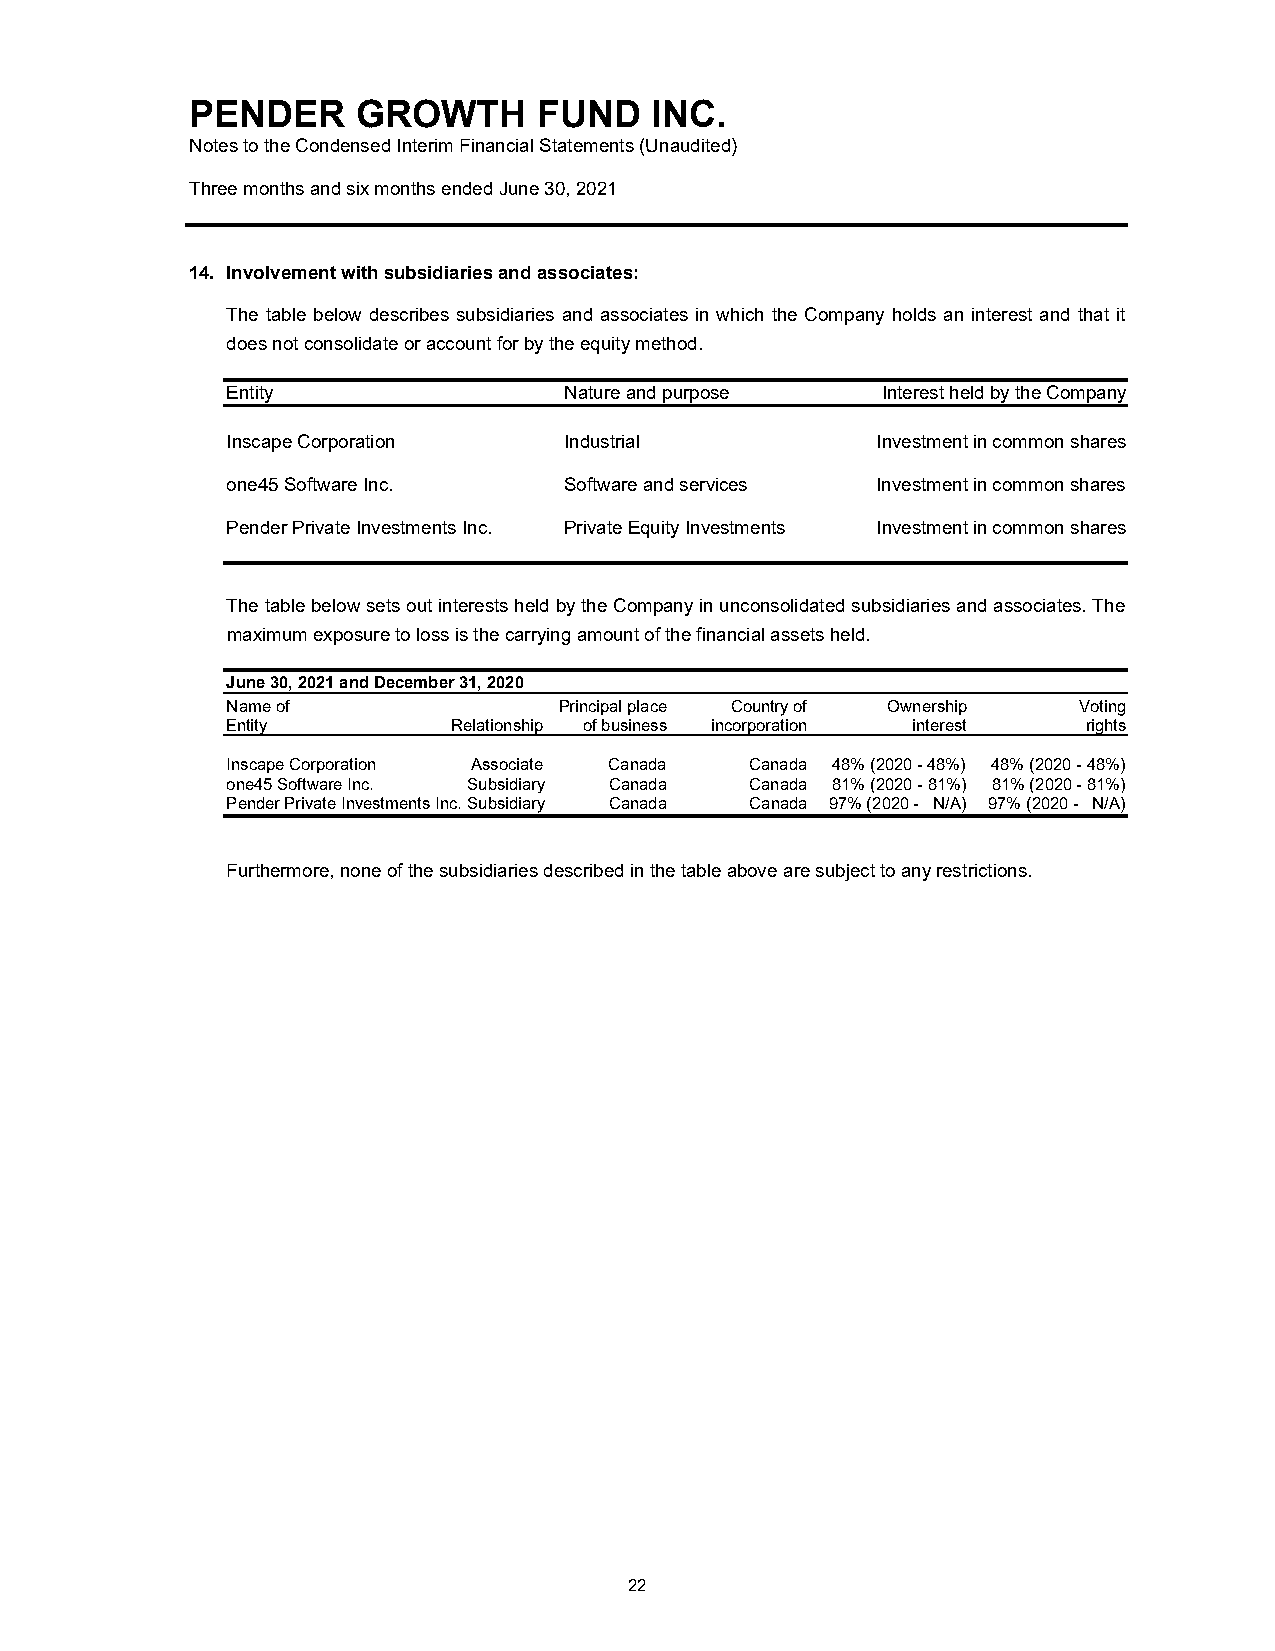
PENDER     GROWTH      FUND   INC.
 Notes to the Condensed Interim Financial Statements (Unaudited)
 Three months and six months ended June 30, 2021
 14. Involvement with subsidiaries and associates:
 The table below describes subsidiaries and associates in which the Company holds an interest and that it
 does not consolidate or account for by the equity method.
 Entity                Nature and purpose   Interest held by the Company
 Inscape Corporation   Industrial           Investment in common shares
 one45 Software Inc.   Software and services Investment in common shares
 Pender Private Investments Inc. Private Equity Investments Investment in common shares
 The table below sets out interests held by the Company in unconsolidated subsidiaries and associates. The
 maximum exposure to loss is the carrying amount of the financial assets held.
 June 30, 2021 and December 31, 2020
 Name of               Principal place Country of Ownership Voting
 Entity         Relationship of business incorporation interest rights
 Inscape Corporation Associate Canada Canada 48% (2020 - 48%) 48% (2020 - 48%)
 one45 Software Inc. Subsidiary Canada Canada 81% (2020 - 81%) 81% (2020 - 81%)
 Pender Private Investments Inc. Subsidiary Canada Canada 97% (2020 - N/A) 97% (2020 - N/A)
 Furthermore, none of the subsidiaries described in the table above are subject to any restrictions.
 22